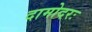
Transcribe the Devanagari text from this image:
दामोदरः